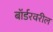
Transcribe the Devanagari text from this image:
बॉर्डरवरील